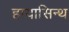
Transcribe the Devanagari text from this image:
हायासिन्थ